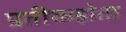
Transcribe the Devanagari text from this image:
प्रतीकहोता